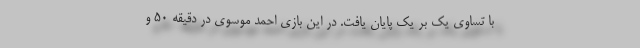
با تساوی یک بر یک پایان یافت. در این بازی احمد موسوی در دقیقه ۵۰ و